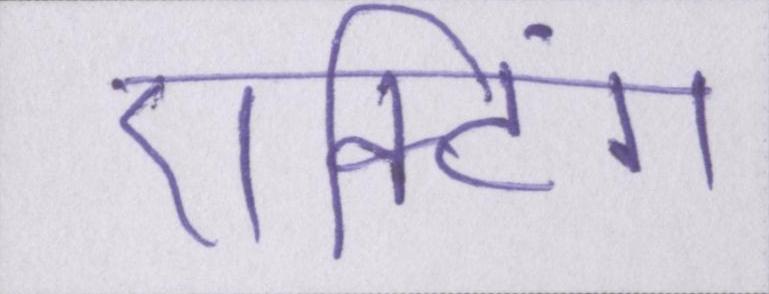
एक्टिंग